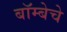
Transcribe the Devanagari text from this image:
बॉम्बेचे